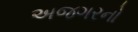
અજગરનો